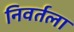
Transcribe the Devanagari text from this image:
निवर्तला